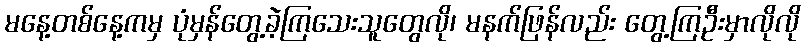
မနေ့တစ်နေ့ကမှ ပုံမှန်တွေ့ခဲ့ကြသေးသူတွေလို၊ မနက်ဖြန်လည်း တွေ့ကြဦးမှာလိုလို